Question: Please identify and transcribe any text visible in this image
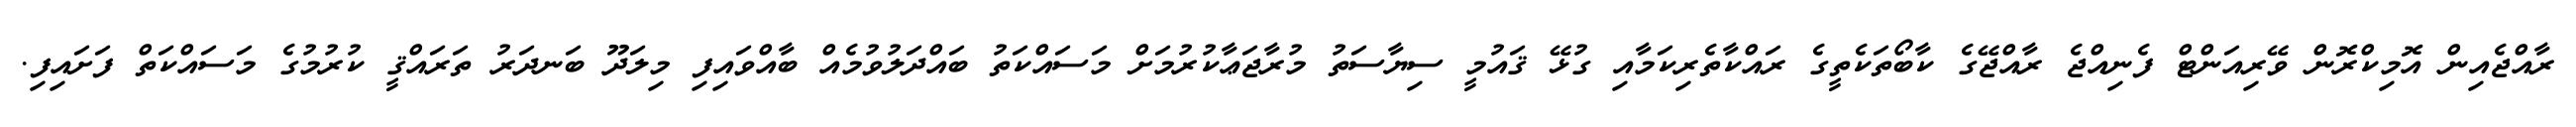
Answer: ރާއްޖެއިން އޮމިކްރޮން ވޭރިއަންޓް ފެނިއްޖެ ރާއްޖޭގެ ކާބޯތަކެތީގެ ރައްކާތެރިކަމާއި ގުޅޭ ޤައުމީ ސިޔާސަތު މުރާޖަޢާކުރުމަށް މަސައްކަތު ބައްދަލުވުމެއް ބާއްވައިފި މިލަދޫ ބަނދަރު ތަރައްޤީ ކުރުމުގެ މަސައްކަތް ފަށައިފި.